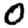
Digit: 0